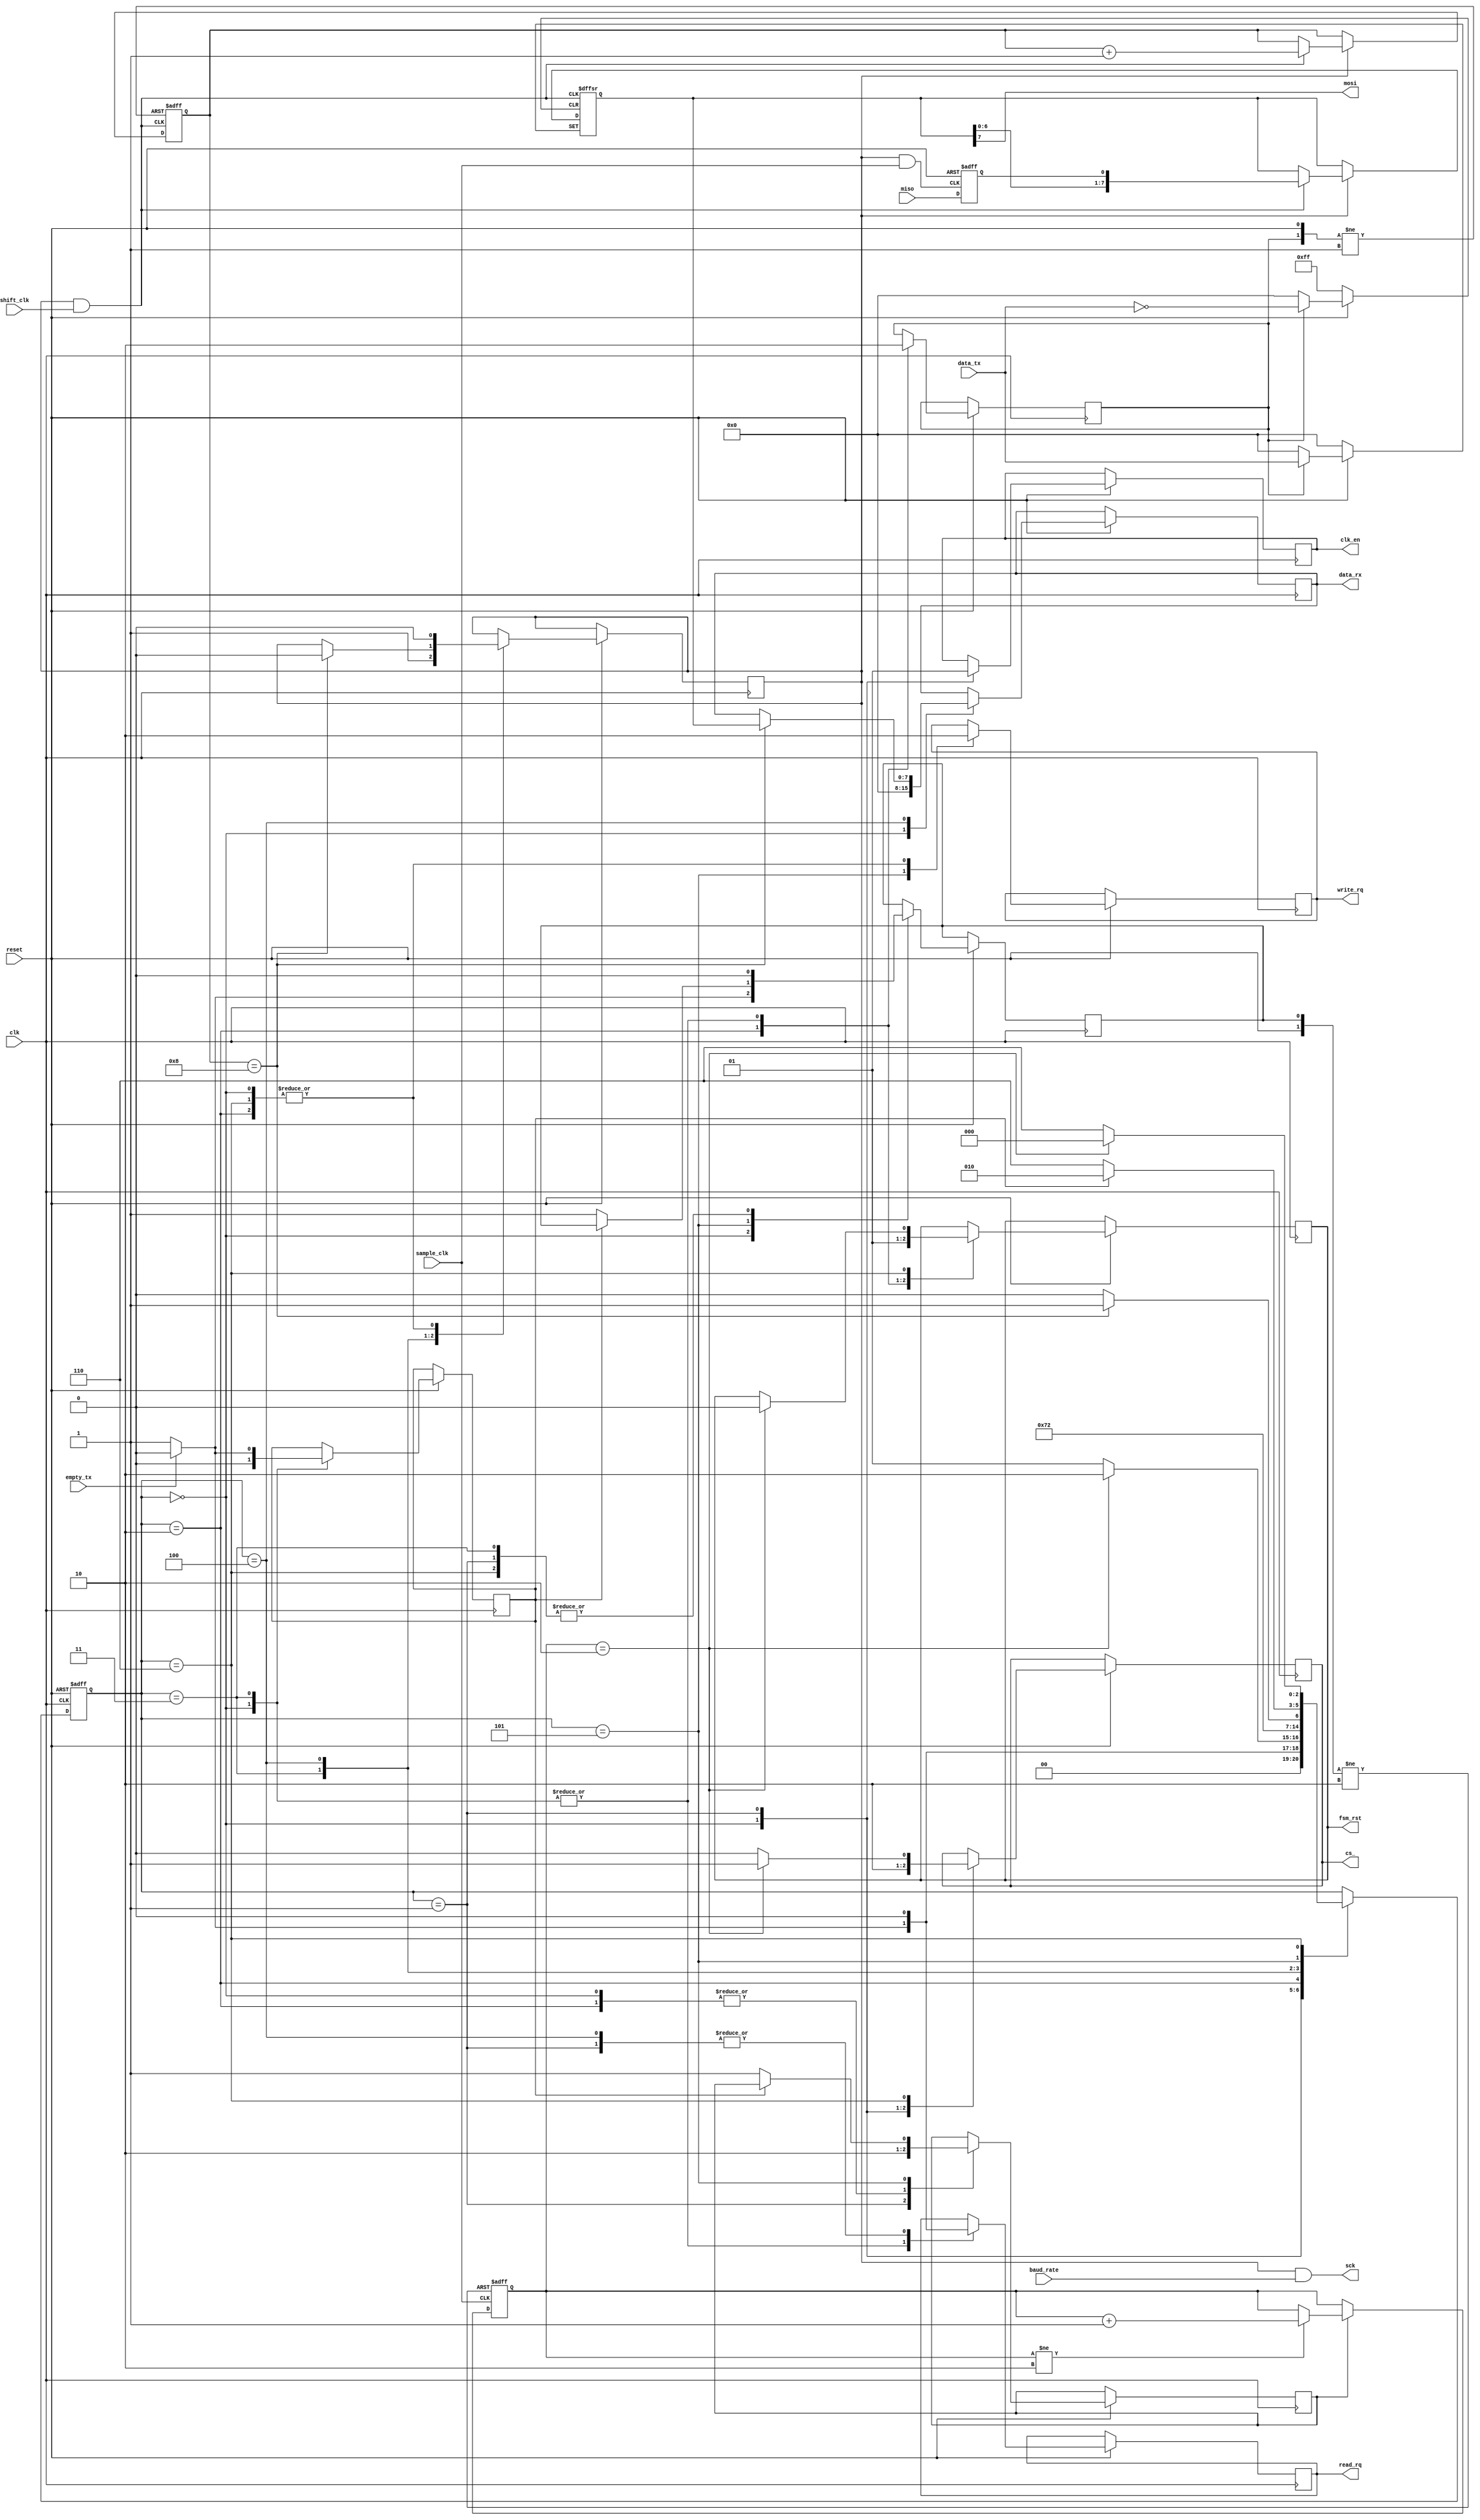
module Control_and_shifter (
	reset,
	fsm_rst,
	clk,
	clk_en,
	shift_clk,
	sample_clk,
	baud_rate,
	sck,
	mosi,
	miso,
	cs_,
	data_tx,
	data_rx,
	read_rq,
	write_rq,
	empty_tx
);
//##### Port assignments #####
input          reset;		// system reset
output			fsm_rst;		// Finite state machine reset output for other modules
input          clk;			// system clk
output			clk_en;		// enable signal to PPC module
input          shift_clk;	// clk from PPC module for shift register
input          sample_clk;	// clk from PPC module for latching on miso and mosi
input				baud_rate;	// 
output			sck;			// master clock output
output         mosi;			// master output slave input
input          miso;			// master input slave output
output 			cs_;			// chip select port
input		[7:0]	data_tx;		// data bus from FIFO TX
output	[7:0]	data_rx;		// data bus to FIFO RX
output			read_rq;		// read request to FIFO TX
output			write_rq;	// write request to FIFO RX
input				empty_tx;	// empty signal from FIFO TX

//##### Wire's, reg's etc #####
//---------------------------//
reg				fsm_reset;					// Stupid reset for baud gen module because i'm not really qualified...
reg 				mosi_reg;					// mosi reg for storage value 
reg 				miso_reg;					// miso reg for storage value

reg		[7:0]	shift_register;
reg		[3:0] shifter_counter;			// counter of shifted bit's in shifter

reg		[7:0]	data_buffer;				// buffer for storage received byte before write it to FIFO RX
reg		[1:0]	hold_counter;				// Hold counter for Minimum leading time before the first SCK edge
													// and Minimum trailing time after the last SCK edge

reg				enable;						// Enable reg for shift register, shift counter and latch logic
reg				hold_enable;				// Enable reg for hold counter
reg				load_to_holder;			// Reg with value of flag for hold counter load logic 
reg				fifo_read_requst;			// FIFO TX read request flag
reg				fifo_write_request;		// FIFO RX write request flag
reg				chip_select;				// CS reg for storage value

reg				load_to_shifter;			//	Reg with value of flag for shift register load logic 

reg				baud_clock_enable;		// Enable reg for baud gen module 
wire				sample_clock;				 
wire				shift_clock;				 

reg				tx_data_ready_to_load; 	// Reg with flag that next data fro shift register are ready
//---------------------------------//

// State machine
reg		[2:0]	state;
parameter		idle					= 0;
parameter		prehold				= 1;
parameter		write_to_shifter	= 2;
parameter		fifo_tx_checker	= 3;
parameter		shifter_busy		= 4;
parameter		write_fifo_rx		= 5;
parameter		posthold				= 6;
//---------------------------------//

//---------------------------------//

//##### Assignments #####
assign clk_en = baud_clock_enable;
assign shift_clock = enable & shift_clk;
assign sample_clock = enable & sample_clk;
assign sck = enable & baud_rate;
//
assign mosi			= shift_register[7];
assign read_rq 	= fifo_read_requst;
assign write_rq 	= fifo_write_request;
assign cs_ 			= chip_select;
assign fsm_rst		= fsm_reset;
//
assign data_rx[7:0]	= data_buffer[7:0];
//---------------------------------//

//##### Latch logic instantiation #####
always @ (posedge sample_clock or negedge reset)
begin
	if (!reset)
		mosi_reg	<= 0;
	else
		mosi_reg	<= shift_register[7];
end
//---------------------------------//
always @ (posedge sample_clock or negedge reset)
begin
	if (!reset)
		miso_reg	<= 0;
	else
		miso_reg	<= miso;
end
//---------------------------------//

//##### Control state machine #####
always @ (posedge clk or negedge reset)
begin
	if (!reset)
	begin
		state <= idle;
	end
	else
		case (state)
		//---- Idle state
		idle: begin
			fsm_reset				<= 1;
			load_to_holder			<= 0;
			enable 					<= 0;
			baud_clock_enable		<= 0;
			hold_enable				<= 0;
			//
			fifo_read_requst		<= 0;
			fifo_write_request	<= 0;
			chip_select				<= 1;
			//
			load_to_shifter		<= 0;
			//
			tx_data_ready_to_load<= 0;
			//
			data_buffer				<= 0;
			
			if (!empty_tx)
			begin
				load_to_holder		<= 1;
				fifo_read_requst	<= 1;
				state	<= prehold;
			end
			else
				state	<= idle;
		end
		//---- State for launch "holder"
		prehold: begin
			load_to_holder			<= 0;
			hold_enable				<= 1;
			baud_clock_enable		<= 1;
			//
			fifo_read_requst		<= 0;
			chip_select				<= 0;
			//
			if (hold_counter == 2'b10)
				state					<= write_to_shifter;
			else
				state					<= prehold;
		end
		//---- State for load data to shifter
		write_to_shifter: begin
				fsm_reset			<= 0;
				hold_enable			<= 0;
				enable				<= 0;
				load_to_shifter	<= 1;
				
				fifo_write_request<= 0;
				
				state					<= fifo_tx_checker;
		end
		//---- FIFO TX check state
		fifo_tx_checker: begin
			fsm_reset				<= 1;
			enable					<= 1;
			load_to_holder			<= 0;
			load_to_shifter		<= 0;
			if (!empty_tx)
			begin
				fifo_read_requst			<= 1;
				tx_data_ready_to_load	<= 1;
				state							<= shifter_busy;
			end
			else
			begin
				fifo_read_requst			<= 0;
				tx_data_ready_to_load	<= 0;
				state							<= shifter_busy;
			end
		end
		//---- Shifter busy state
		shifter_busy: begin
			fifo_read_requst		<= 0;
			
			if (shifter_counter == 8)
			begin
				data_buffer[7:0]	<= shift_register[7:0];
				enable				<= 0;
				state					<= write_fifo_rx;
			end
			else
			begin
				state					<= shifter_busy;
			end
		end
		//---- write data byte from slave state
		write_fifo_rx: begin
			fifo_write_request	<= 1;
			
			if (tx_data_ready_to_load)
				state					<= write_to_shifter;
			else
			begin
				load_to_holder		<= 1;
				hold_enable			<= 1;
				state					<= posthold;
			end
		end
		//---- State for launch posthold
		posthold: begin
			enable					<= 0;
			fifo_write_request	<= 0;
			load_to_holder			<= 0;
			
			if (hold_counter == 2'b10)
			begin
				chip_select		<= 1;
				fsm_reset		<= 0;
				state				<= idle;
			end
			else
			begin
				chip_select		<= 0;
				state				<= posthold;
			end
		end
		endcase
end

//---------------------------------//
//##### Shift register logic #####
always @ (posedge shift_clock or negedge reset or posedge load_to_shifter)
begin
	if (!reset)
		shift_register	<= 0;
	else if (load_to_shifter)
		shift_register[7:0] <= data_tx[7:0];
	else if (enable)
	begin
		if (shift_clock)
			shift_register[7:0] <= {shift_register[6:0], miso_reg};
	end
	else
		shift_register <= shift_register;		
end

//---------------------------------//
//##### Shift register counter logic #####
always @ (posedge shift_clock or negedge reset or posedge load_to_shifter)
begin
	if (!reset)
		shifter_counter	<= 0;
	else if (load_to_shifter)
		shifter_counter	<= 0;
	else if (enable)
	begin
		if (shift_clock)
			shifter_counter	<= shifter_counter + 1;	
	end
	else
		shifter_counter	<= shifter_counter;
end

//---------------------------------//
//##### Hold counter logic for prehold and posthold
always @ (posedge sample_clk or negedge reset or posedge load_to_holder)
begin
	if (!reset)
		hold_counter	<= 0;
	else if (load_to_holder)
		hold_counter	<= 0;
	else if (hold_enable)
	begin
		if (hold_counter != 2'b10)
			hold_counter	<= hold_counter + 1;	
	end
	else
		hold_counter	<= hold_counter;
end
//---------------------------------//
//
endmodule